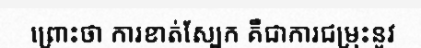
ព្រោះថា ការខាត់ស្បែក គឺជាការជម្រុះនូវ